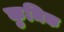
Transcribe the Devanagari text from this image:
कुमिक